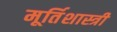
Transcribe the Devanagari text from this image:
मूर्तिशास्त्री